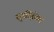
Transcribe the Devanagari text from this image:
सुरक्षितेत